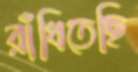
রাঁধিতেছি